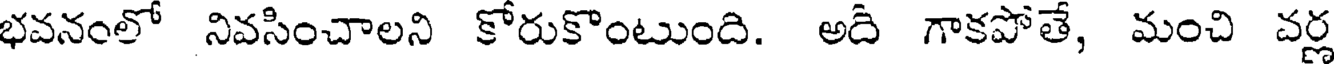
భవనంలో నివసించాలని కోరుకొంటుంది. అది గాకపోతే, మంచి వర్ణ